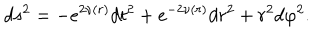
LaTeX: d s ^ { 2 } = - e ^ { 2 \nu ( r ) } d t ^ { 2 } + e ^ { - 2 \nu ( r ) } d r ^ { 2 } + r ^ { 2 } d \varphi ^ { 2 } .